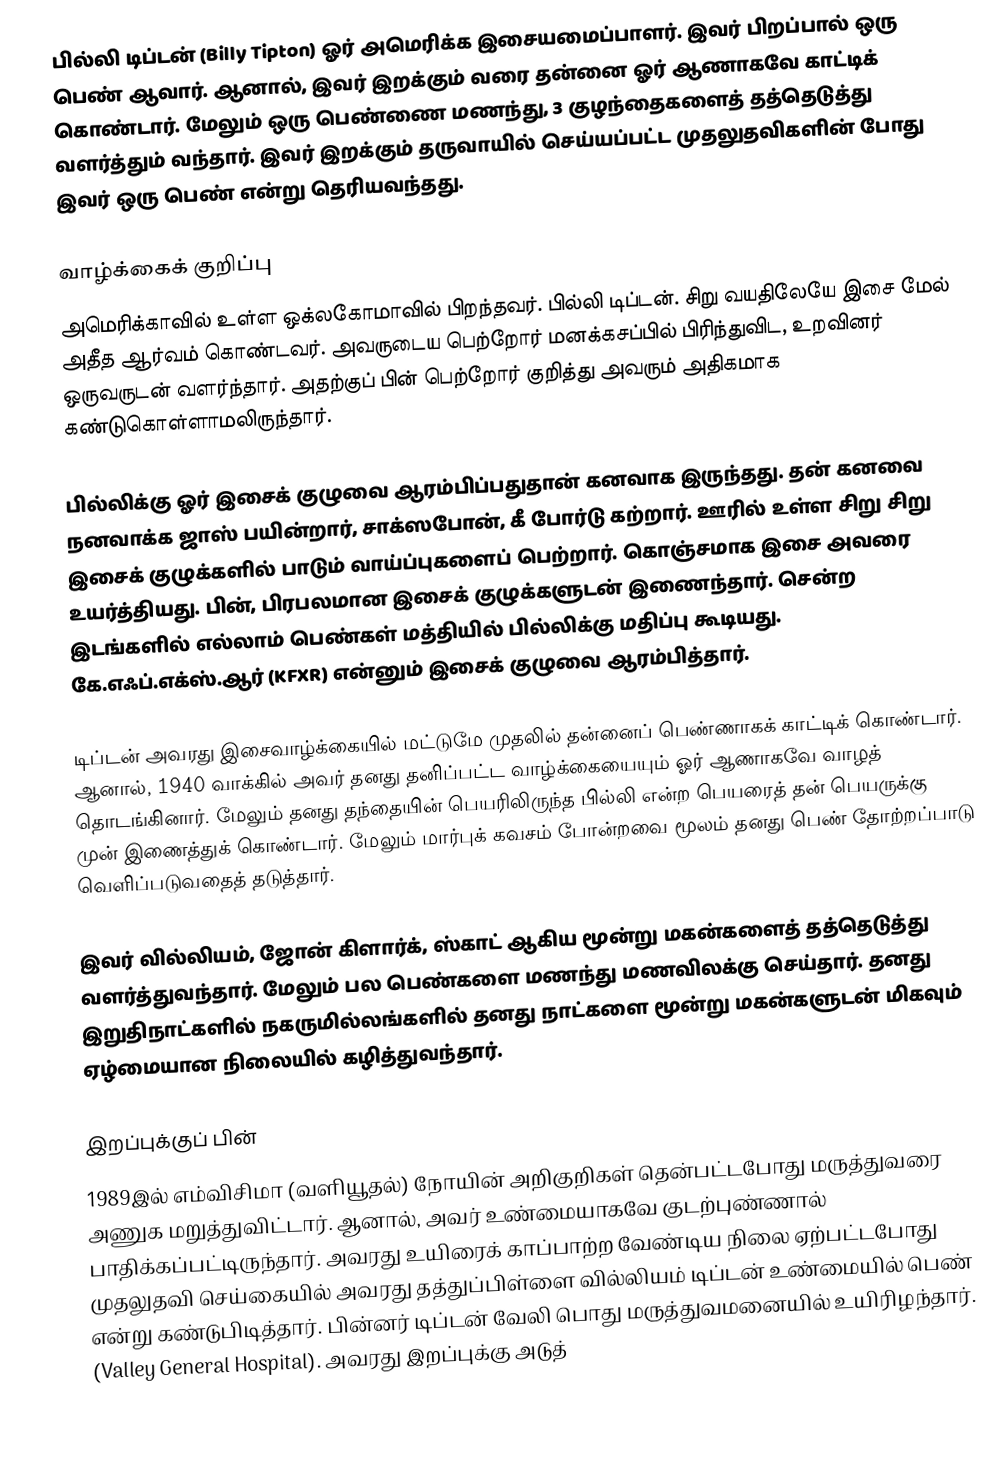
பில்லி டிப்டன் (Billy Tipton) ஓர் அமெரிக்க இசையமைப்பாளர். இவர் பிறப்பால் ஒரு பெண் ஆவார். ஆனால், இவர் இறக்கும் வரை தன்னை ஓர் ஆணாகவே காட்டிக் கொண்டார். மேலும் ஒரு பெண்ணை மணந்து, 3 குழந்தைகளைத் தத்தெடுத்து வளர்த்தும் வந்தார். இவர் இறக்கும் தருவாயில் செய்யப்பட்ட முதலுதவிகளின் போது இவர் ஒரு பெண் என்று தெரியவந்தது.

வாழ்க்கைக் குறிப்பு
அமெரிக்காவில் உள்ள ஒக்லகோமாவில் பிறந்தவர். பில்லி டிப்டன். சிறு வயதிலேயே இசை மேல் அதீத ஆர்வம் கொண்டவர். அவருடைய பெற்றோர் மனக்கசப்பில் பிரிந்துவிட, உறவினர் ஒருவருடன் வளர்ந்தார். அதற்குப் பின் பெற்றோர் குறித்து அவரும் அதிகமாக கண்டுகொள்ளாமலிருந்தார்.

பில்லிக்கு ஓர் இசைக் குழுவை ஆரம்பிப்பதுதான் கனவாக இருந்தது. தன் கனவை நனவாக்க ஜாஸ் பயின்றார், சாக்ஸபோன், கீ போர்டு கற்றார். ஊரில் உள்ள சிறு சிறு இசைக் குழுக்களில் பாடும் வாய்ப்புகளைப் பெற்றார். கொஞ்சமாக இசை அவரை உயர்த்தியது. பின், பிரபலமான இசைக் குழுக்களுடன் இணைந்தார். சென்ற இடங்களில் எல்லாம் பெண்கள் மத்தியில் பில்லிக்கு மதிப்பு கூடியது. கே.எஃப்.எக்ஸ்.ஆர் (KFXR) என்னும் இசைக் குழுவை ஆரம்பித்தார்.

டிப்டன் அவரது இசைவாழ்க்கையில் மட்டுமே முதலில் தன்னைப் பெண்ணாகக் காட்டிக் கொண்டார். ஆனால், 1940 வாக்கில் அவர் தனது தனிப்பட்ட வாழ்க்கையையும் ஓர் ஆணாகவே வாழத் தொடங்கினார். மேலும் தனது தந்தையின் பெயரிலிருந்த பில்லி என்ற பெயரைத் தன் பெயருக்கு முன் இணைத்துக் கொண்டார். மேலும் மார்புக் கவசம் போன்றவை மூலம் தனது பெண் தோற்றப்பாடு வெளிப்படுவதைத் தடுத்தார்.

இவர் வில்லியம், ஜோன் கிளார்க், ஸ்காட் ஆகிய மூன்று மகன்களைத் தத்தெடுத்து வளர்த்துவந்தார். மேலும் பல பெண்களை மணந்து மணவிலக்கு செய்தார். தனது இறுதிநாட்களில் நகருமில்லங்களில் தனது நாட்களை மூன்று மகன்களுடன் மிகவும் ஏழ்மையான நிலையில் கழித்துவந்தார்.

இறப்புக்குப் பின்
1989இல் எம்விசிமா (வளியூதல்) நோயின் அறிகுறிகள் தென்பட்டபோது மருத்துவரை அணுக மறுத்துவிட்டார். ஆனால், அவர் உண்மையாகவே குடற்புண்ணால் பாதிக்கப்பட்டிருந்தார். அவரது உயிரைக் காப்பாற்ற வேண்டிய நிலை ஏற்பட்டபோது முதலுதவி செய்கையில் அவரது தத்துப்பிள்ளை வில்லியம் டிப்டன் உண்மையில் பெண் என்று கண்டுபிடித்தார். பின்னர் டிப்டன் வேலி பொது மருத்துவமனையில் உயிரிழந்தார். (Valley General Hospital). அவரது இறப்புக்கு அடுத்